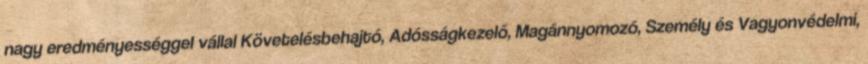
nagy eredményességgel vállal Követelésbehajtó, Adósságkezelő, Magánnyomozó, Személy és Vagyonvédelmi,